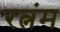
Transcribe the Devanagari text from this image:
रत्नंम